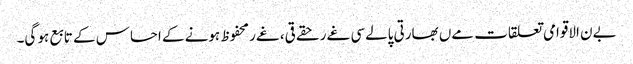
بےن الاقوامی تعلقات مےں بھارتی پالےسی غےر حقےقی، غےر محفوظ ہونے کے احساس کے تابع ہو گی۔